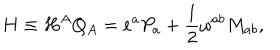
H \equiv H ^ { A } Q _ { A } = e ^ { a } P _ { a } + \frac { 1 } { 2 } \omega ^ { a b } M _ { a b } ,